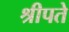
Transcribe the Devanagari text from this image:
श्रीपते